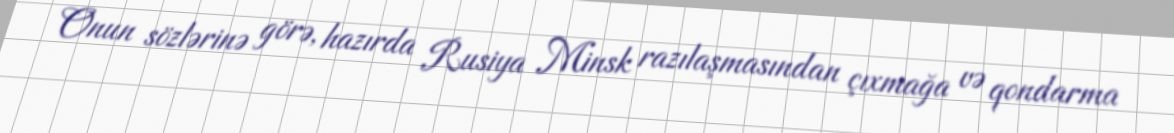
Onun sözlərinə görə, hazırda Rusiya Minsk razılaşmasından çıxmağa və qondarma